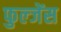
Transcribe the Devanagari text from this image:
फुल्जेंस